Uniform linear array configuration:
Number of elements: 32
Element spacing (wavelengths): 0.5
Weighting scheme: exponential
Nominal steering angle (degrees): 45
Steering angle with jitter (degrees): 45.136
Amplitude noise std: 0.05
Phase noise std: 0.05

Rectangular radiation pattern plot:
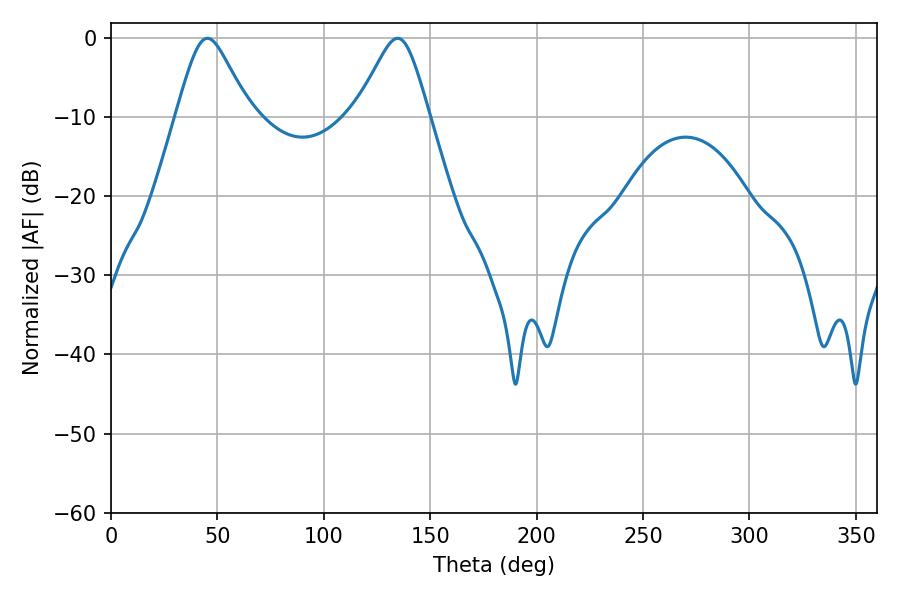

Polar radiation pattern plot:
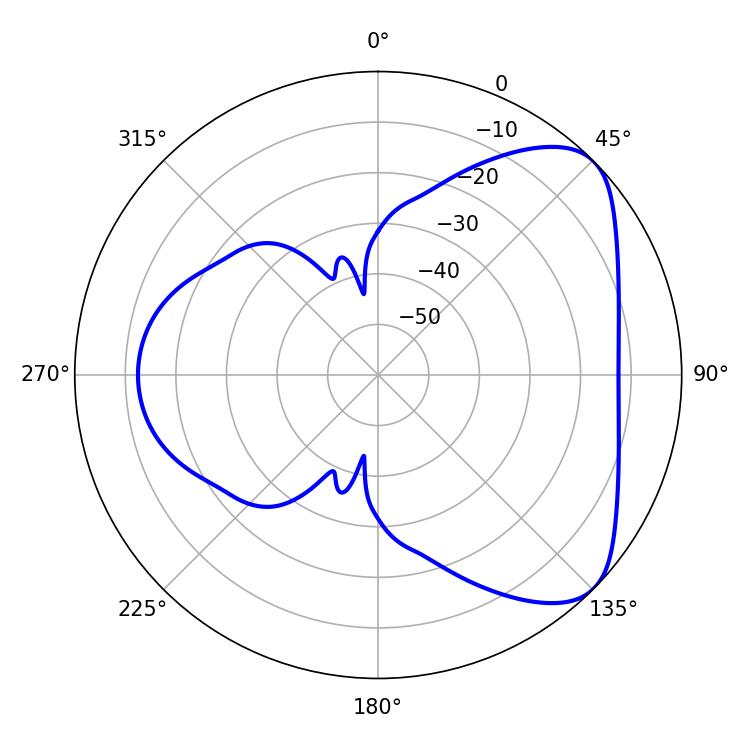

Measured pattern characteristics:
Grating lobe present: FALSE
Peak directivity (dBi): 5.954
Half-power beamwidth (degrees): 16.56
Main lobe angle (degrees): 45.36